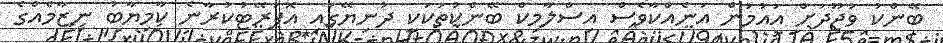
ބޭންކު ވުޖޫދަށް އައުމުން އަނެއްކާވެސް އިސްލާމިކް ބޭންކުތަކަކީ ދުނިޔޭގައި އޮޕަރޭޓުކުރާނެ ކާމިޔާބު ނިޒާމެއްގެ